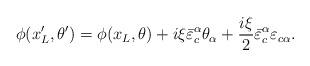
LaTeX: \begin{align*} \phi(x_L^{\prime},\theta^{\prime}) = \phi(x_L,\theta) + i\xi{\bar{\varepsilon}}^{\alpha}_{c} \theta_{\alpha} + \frac{i\xi}{2}{\bar{\varepsilon}}^{\alpha}_c{\varepsilon}_{c\alpha}.\end{align*}